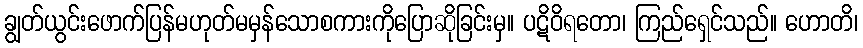
ချွတ်ယွင်းဖောက်ပြန်မဟုတ်မမှန်သောစကားကိုပြောဆိုခြင်းမှ။ ပဋိဝိရတော၊ ကြည်ရှေင်သည်။ ဟောတိ၊